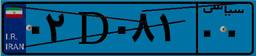
۰۶D۱۹۷۵۲